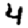
Digit: 4